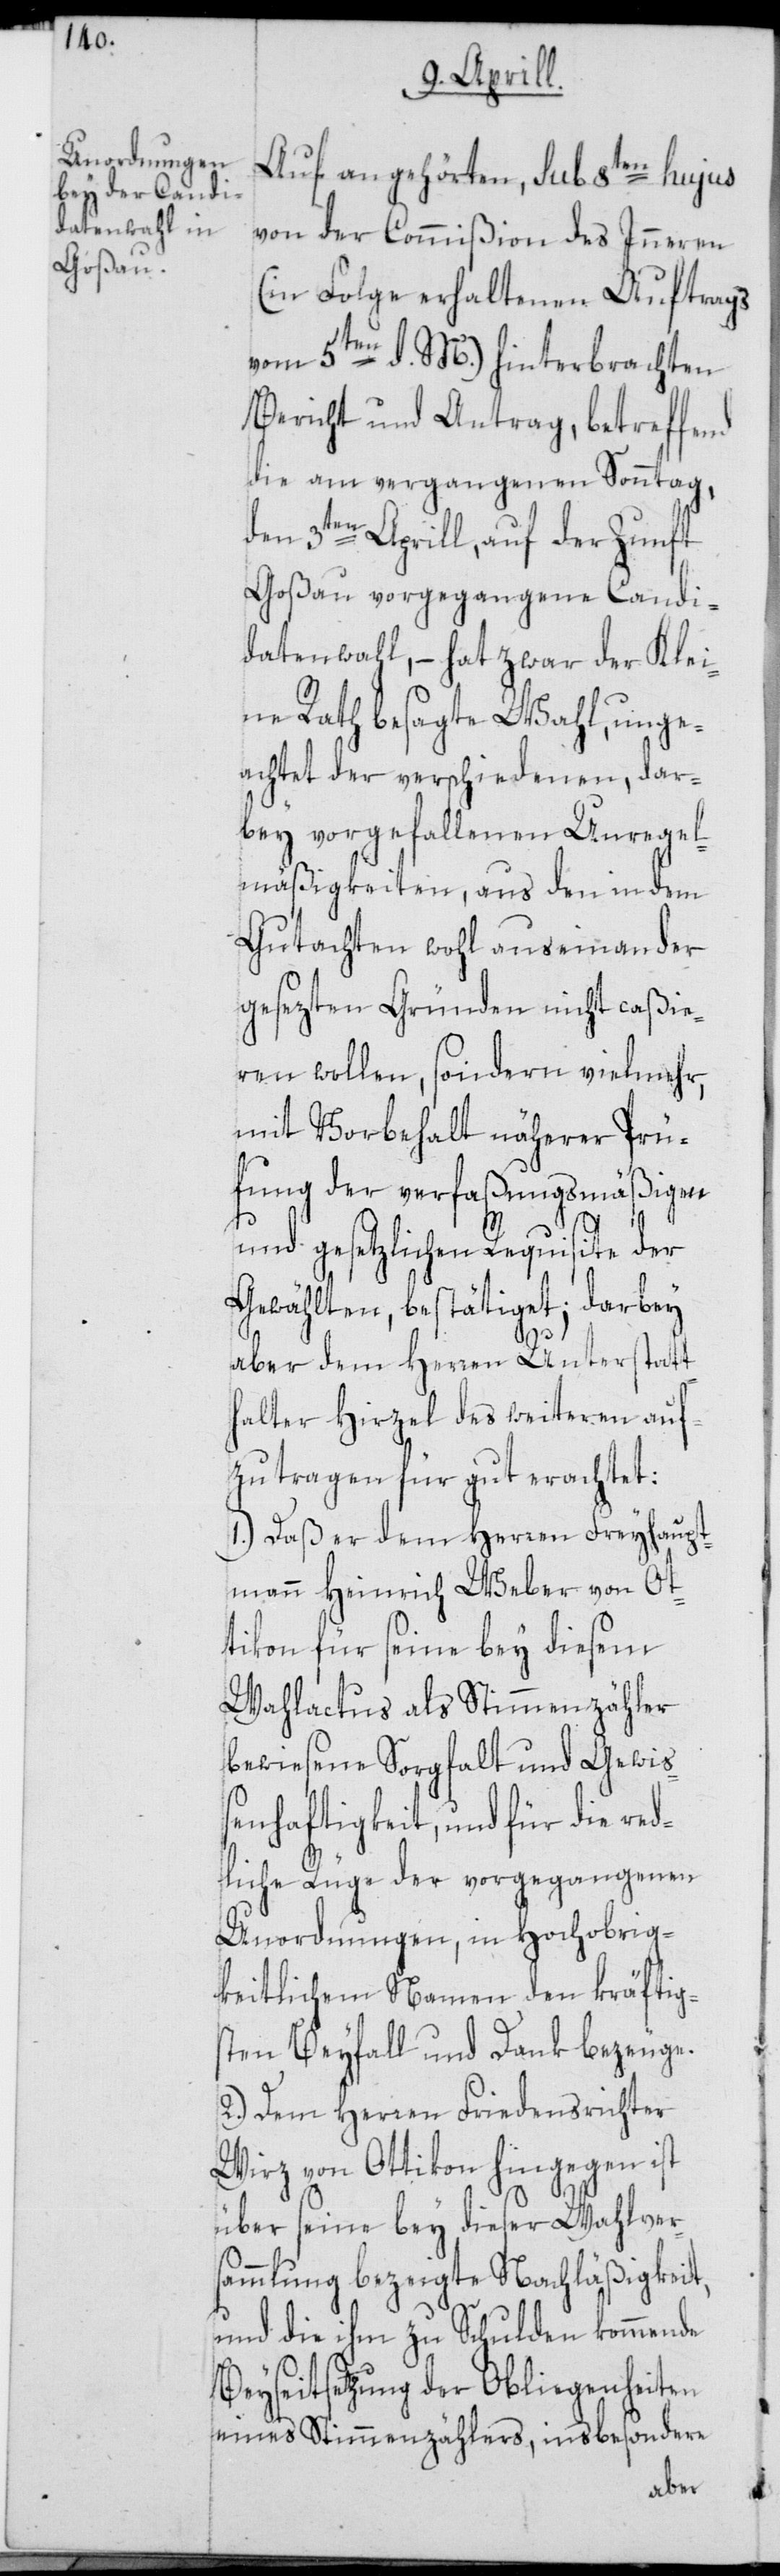
Auf angehörten, sub 8ten hujus
von der Commißion des Inneren
(in Folge erhaltenen Auftrags
vom 5ten d. M.) hinterbrachten
Bericht und Antrag, betreffend
die am vergangenen Sonntag,
den 3ten Aprill, auf der Zunft
Goßau vorgegangene Candi¬
datenwahl, – hat zwar der Klei¬
ne Rath besagte Wahl, unge¬
achtet der verschiedenen, dar¬
bey vorgefallenen Unregel¬
mäßigkeiten, aus den in dem
Gutachten wohl auseinander
gesezten Gründen nicht caßie¬
ren wollen, sondern vielmehr,
mit Vorbehalt näherer Prü¬
fung der verfaßungsmäßigen
und gesetzlichen Requisite der
Gewählten, bestätiget; darbey
aber dem Herren Unterstatt¬
halter Hirzel des weiteren auf¬
zutragen für gut erachtet:
1.) Daß er dem Herren Freyhaupt¬
mann Heinrich Weber von Ot¬
tikon für seine bey diesem
Wahlactus als Stimmenzähler
bewiesene Sorgfalt und Gewi¬
ßenhaftigkeit, und für die red¬
liche Rüge der vorgegangenen
Unordnungen, in Hochobrig¬
keitlichem Namen den kräftig¬
sten Beyfall und Dank bezeuge.
2.) Dem Herren Friedensrichter
Wirz von Ottikon hingegen ist
über seine bey dieser Wahlver¬
sammlung bezeigte Nachläßigkeit,
und die ihm zu Schulden kommende
Beyseitsetzung der Obliegenheiten
eines Stimmenzählers, insbesondere